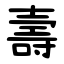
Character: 壽